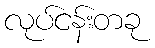
လုပ်ငန်းတခု